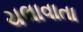
ચલાવાતા